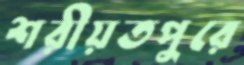
শরীয়তপুরে